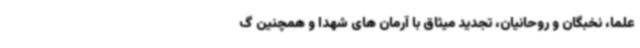
علما، نخبگان و روحانیان، تجدید میثاق با آرمان های شهدا و همچنین گ